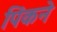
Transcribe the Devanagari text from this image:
पिंकने